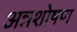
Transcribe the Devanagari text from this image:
अन्नशोषण